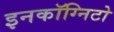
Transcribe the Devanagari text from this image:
इनकॉग्निटो